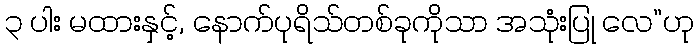
၃ ပါး မထားနှင့်, နောက်ပုရိသ်တစ်ခုကိုသာ အသုံးပြု လေ”ဟု